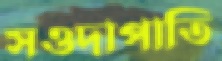
সওদাপাতি